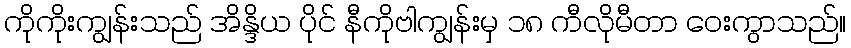
ကိုကိုးကျွန်းသည် အိန္ဒိယ ပိုင် နီကိုဗါကျွန်းမှ ၁၈ ကီလိုမီတာ ဝေးကွာသည်။